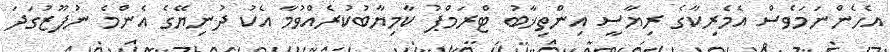
އެހެންނަމަވެސް އެމެރިކާގެ ރިޔާސީ އިންތިޚާބު ޓްރަމްޕު ކާމިޔާބުކުރެއްވުމާ އެކު ދުނިޔޭގެ އެންމެ ނުފޫޒުގަދަ